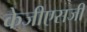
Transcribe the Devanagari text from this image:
केजीएसजी